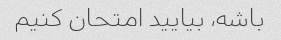
باشه، بیایید امتحان کنیم